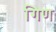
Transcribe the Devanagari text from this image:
गिण